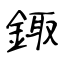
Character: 鋷